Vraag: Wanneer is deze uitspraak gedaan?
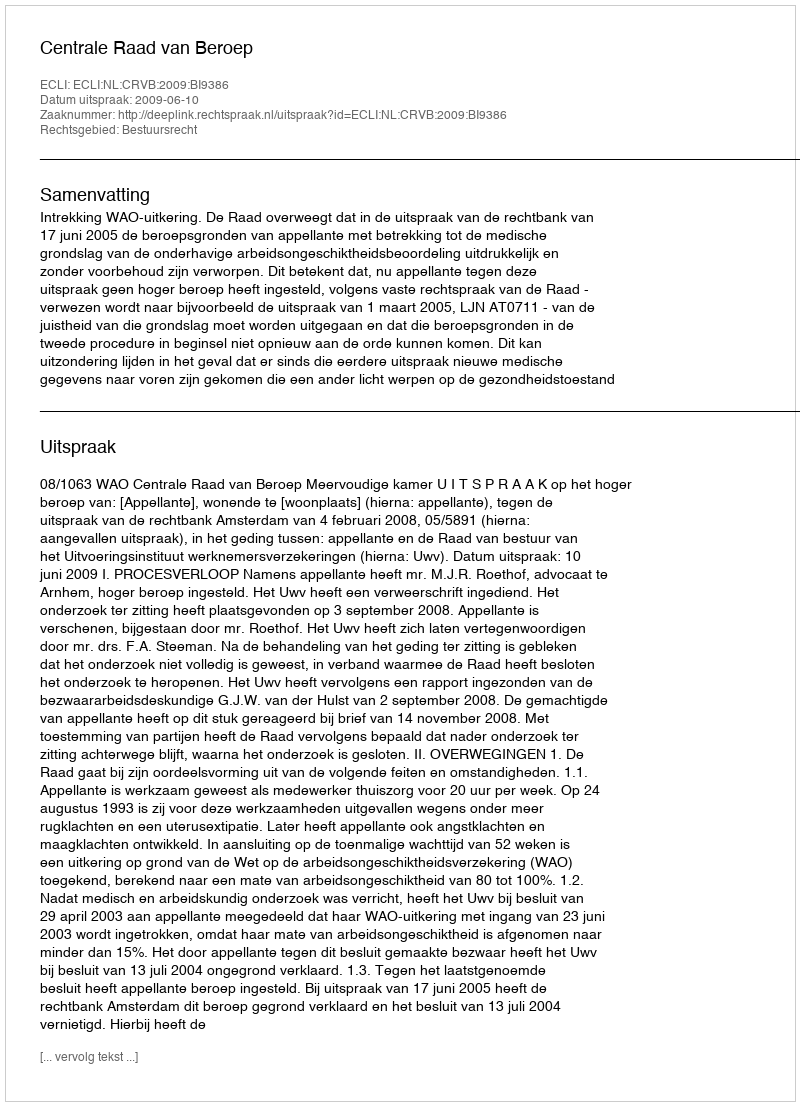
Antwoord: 2009-06-10